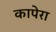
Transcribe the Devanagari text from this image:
कापेरा